Manual of the Civil Veterinary Department, Central Provinces and Berar
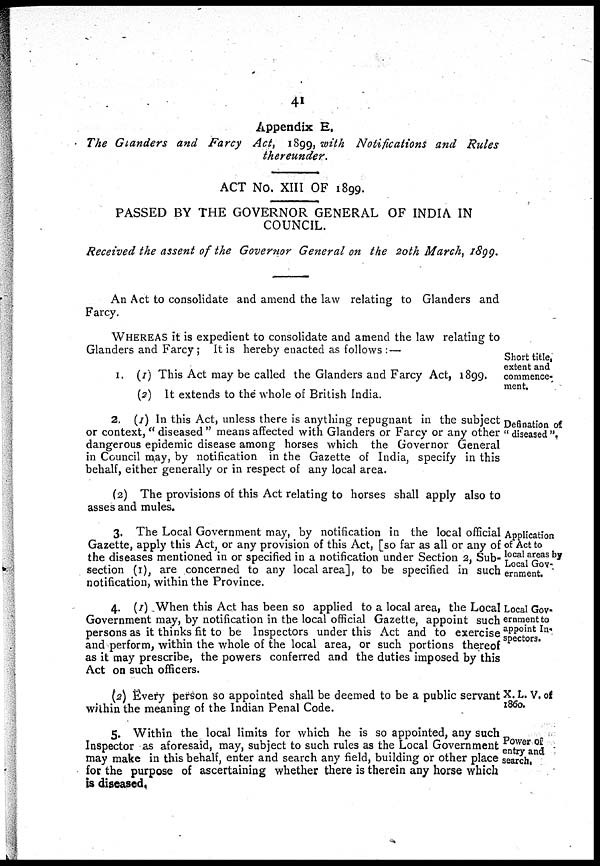
41
Appendix E.
The Glanders and Farcy Act, 1899, with Notifications and Rules
thereunder.
ACT No. XIII OF 1899.
PASSED BY THE GOVERNOR GENERAL OF INDIA IN
COUNCIL.
Received the assent of the Governor General on the 20th March, 1899.
An Act to consolidate and amend the law relating to Glanders and
Farcy.
WHEREAS it is expedient to consolidate and amend the law relating to
Glanders and Farcy; It is hereby enacted as follows : —
Short title,
extent and
commence-
ment.
I. (1) This Act may be called the Glanders and Farcy Act, 1899.
(2) It extends to the whole of British India.
Defination of
" diseased ",
2. (1) In this Act, unless there is anything repugnant in the subject
or context," diseased " means affected with Glanders or Farcy or any other
dangerous epidemic disease among horses which the Governor General
in Council may, by notification in the Gazette of India, specify in this
behalf, either generally or in respect of any local area.
(2) The provisions of this Act relating to horses shall apply also to
asses and mules.
Application
of Act to
local areas by
Local Gov-
ernment
3. The Local Government may, by notification in the local official
Gazette, apply this Act, or any provision of this Act, [so far as all or any of
the diseases mentioned in or specified in a notification under Section 2, Sub-
section (I), are concerned to any local area], to be specified in such
notification, within the Province.
Local Gov-
ernment to
appoint In-
spectors.
4. (1) When this Act has been so applied to a local area, the Local
Government may, by notification in the local official Gazette, appoint such
persons as it thinks fit to be Inspectors under this Act and to exercise
and perform, within the whole of the local area, or such portions thereof
as it may prescribe, the powers conferred and the duties imposed by this
Act on such officers.
X. L. V. of
1860.
(2) Every person so appointed shall be deemed to be a public servant
within the meaning of the Indian Penal Code.
Power of
entry and
search.
5. Within the local limits for which he is so appointed, any such
Inspector as aforesaid, may, subject to such rules as the Local Government
may make in this behalf, enter and search any field, building or other place
for the purpose of ascertaining whether there is therein any horse which
is diseased.